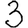
Digit: 3